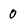
Character: 0